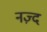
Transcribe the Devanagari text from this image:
नज़्द